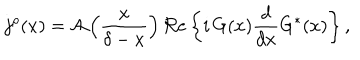
LaTeX: j ^ { \rho } ( x ) = { \cal A } \left( \frac { x } { \delta - x } \right) \Re \mathrm { e } \left\{ i \, G ( x ) \frac { d } { d x } G ^ { \ast } ( x ) \right\} ,